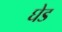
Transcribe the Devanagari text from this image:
घेड